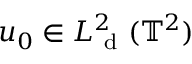
u _ { 0 } \in L _ { \mathrm { ~ d ~ } } ^ { 2 } ( \mathbb { T } ^ { 2 } )